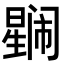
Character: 𭧼